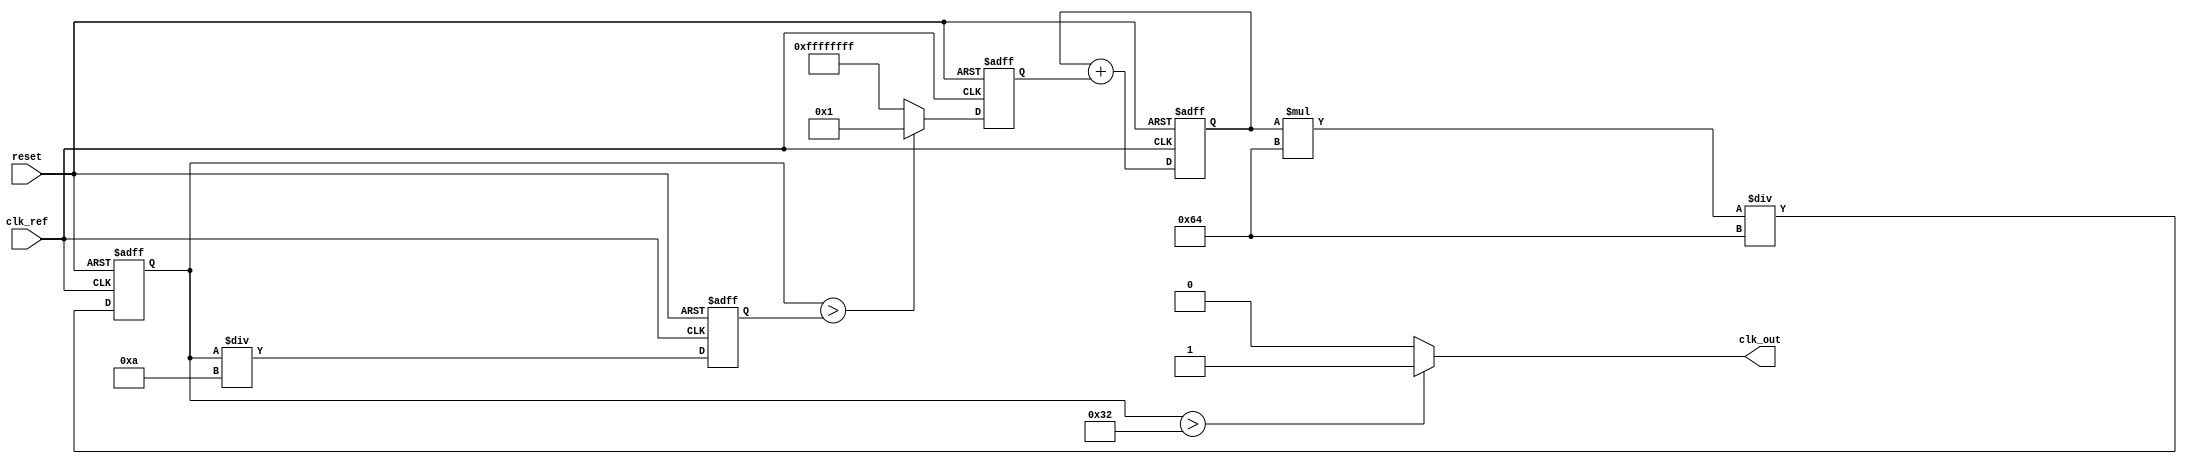
module continuous_time_pll (
    input wire clk_ref,       // Reference clock input
    input wire reset,         // Asynchronous reset
    output wire clk_out       // PLL output clock
);

// Parameters for the PLL
parameter integer VCO_FREQ = 100; // VCO frequency (in Hz)
parameter integer DIV_FACTOR = 10; // Feedback division factor

// Internal signals
reg [31:0] phase_detector_output; // Output of Phase Detector
reg [31:0] loop_filter_output;     // Output of Loop Filter
reg [31:0] vco_output;             // Output of VCO
reg [31:0] feedback;

// Phase Detector (PD)
always @(posedge clk_ref or posedge reset) begin
    if (reset) begin
        phase_detector_output <= 0;
    end else begin
        // Simple phase detector: assume reference clock edges
        // In real scenarios, implement a more complex PD
        phase_detector_output <= (vco_output > feedback) ? 1 : -1;
    end
end

// Loop Filter (LF) - Simple first-order filter for demonstration
always @(posedge clk_ref or posedge reset) begin
    if (reset) begin
        loop_filter_output <= 0;
    end else begin
        loop_filter_output <= loop_filter_output + phase_detector_output; // Simple accumulation
    end
end

// Voltage-Controlled Oscillator (VCO)
always @(posedge clk_ref or posedge reset) begin
    if (reset) begin
        vco_output <= 0;
    end else begin
        // Adjust VCO frequency based on loop filter output
        vco_output <= (loop_filter_output * VCO_FREQ) / 100; // Scale to desired frequency
    end
end

// Feedback mechanism
always @(posedge clk_ref or posedge reset) begin
    if (reset) begin
        feedback <= 0;
    end else begin
        feedback <= vco_output / DIV_FACTOR; // Feedback with division
    end
end

// Output clock generation (this is a placeholder - typically more complex)
assign clk_out = (vco_output > (VCO_FREQ / 2)) ? 1'b1 : 1'b0;

endmodule